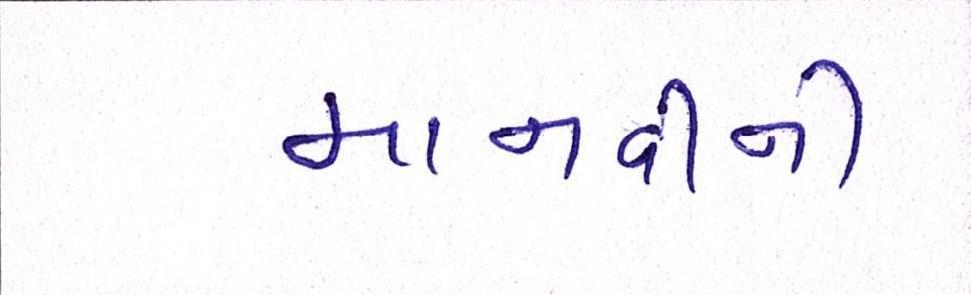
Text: માનવીની